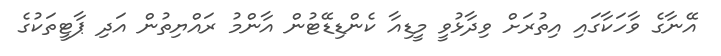
އޭނާގެ ވާހަކާގައި އިތުރަށް ވިދާޅުވީ މީޑިއާ ކެންޑިޑޭޓުން އާންމު ރައްޔިތުން އަދި ޕާޓީތަކުގެ